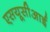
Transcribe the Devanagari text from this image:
एसयूसीआई